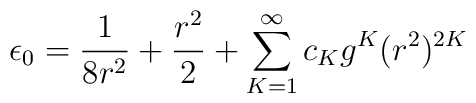
\epsilon_0 = \frac{1}{8r^2}+\frac{r^2}{2}           + \sum_{K=1}^{\infty}c_K g^K (r^2 )^{2K}